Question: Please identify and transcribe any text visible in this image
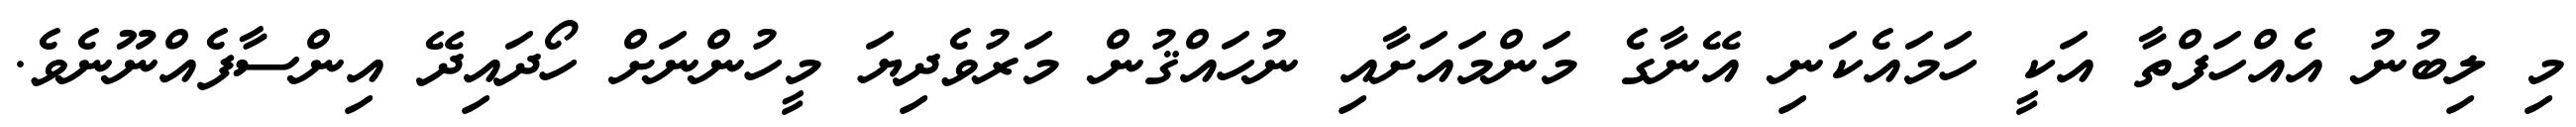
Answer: މި ލިބުނު އެއްހަފްތާ އަކީ ހަމައެކަނި އޭނާގެ މަންމައަށާއި ނުހައްޤުން މަރުވެދިޔަ މީހުންނަށް ހޯދައިދޭ އިންސާފެއްނޫނެވެ.